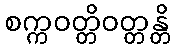
စက္ကဝတ္တိဝတ္တန္တိ